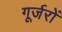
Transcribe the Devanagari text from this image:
गूर्जरों